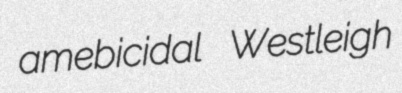
amebicidal Westleigh